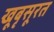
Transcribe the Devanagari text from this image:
खूबृसूरत